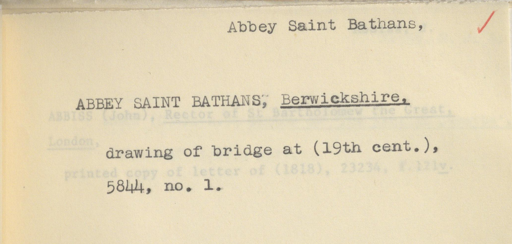
Label: content